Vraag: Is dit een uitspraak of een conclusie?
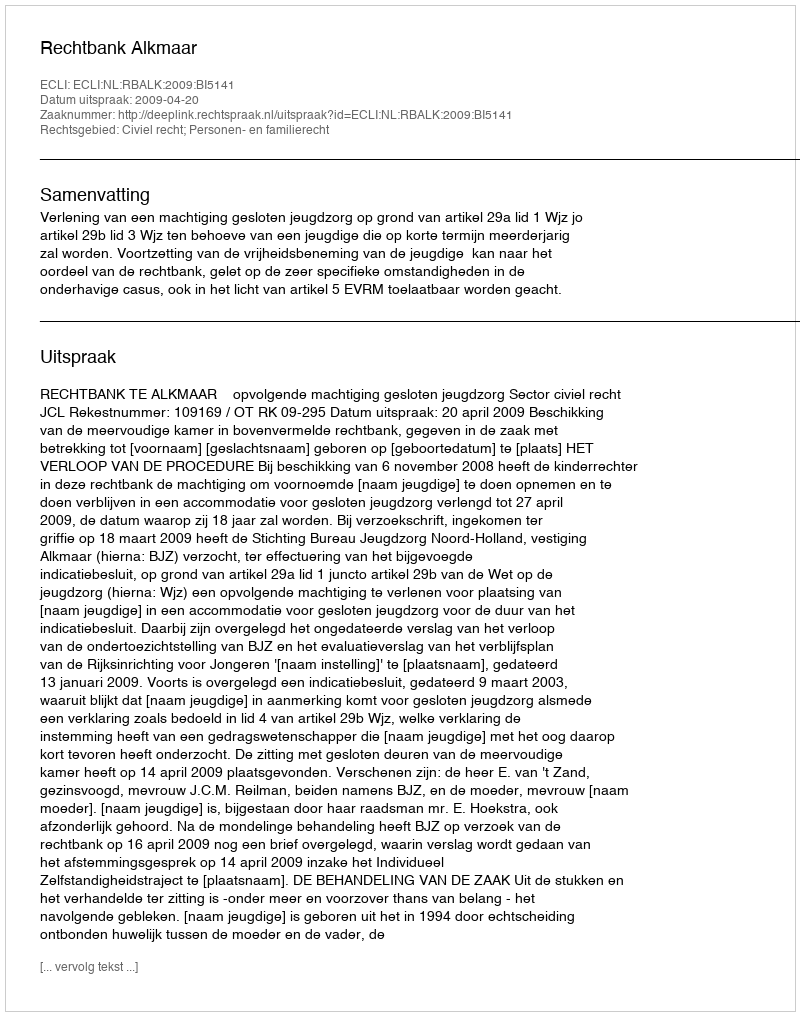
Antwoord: Uitspraak